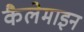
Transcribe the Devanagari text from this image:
कैलेमाइन